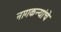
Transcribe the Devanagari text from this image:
नागकन्यांचे